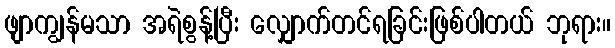
ဖျာကျွန်မသာ အရဲစွန့်ပြီး လျှောက်တင်ရခြင်းဖြစ်ပါတယ် ဘုရား။